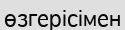
өзгерісімен